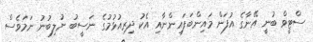
ސްޓީވް ބުނީ އޭނާގެ އުފަން މައިންބަފައިންނާއި އެކު ދިރިއުޅުމުގެ ނަސީބު ނުލިބުނު ނަމަވެސް